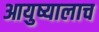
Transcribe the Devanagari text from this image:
आयुष्यालाच